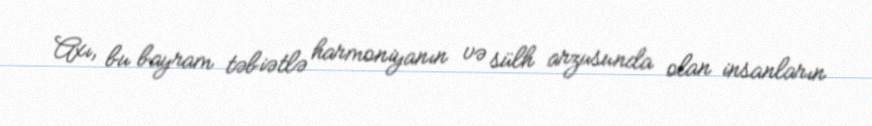
Axı, bu bayram təbiətlə harmoniyanın və sülh arzusunda olan insanların